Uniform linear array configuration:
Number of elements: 64
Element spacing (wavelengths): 0.25
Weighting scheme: kaiser
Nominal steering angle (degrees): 45
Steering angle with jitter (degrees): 43.418
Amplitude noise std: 0.05
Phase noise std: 0.05

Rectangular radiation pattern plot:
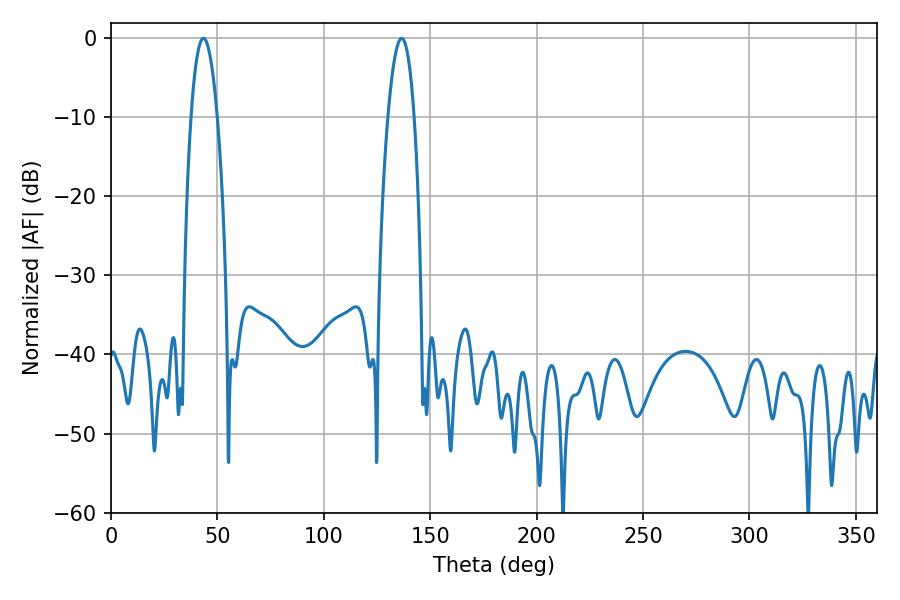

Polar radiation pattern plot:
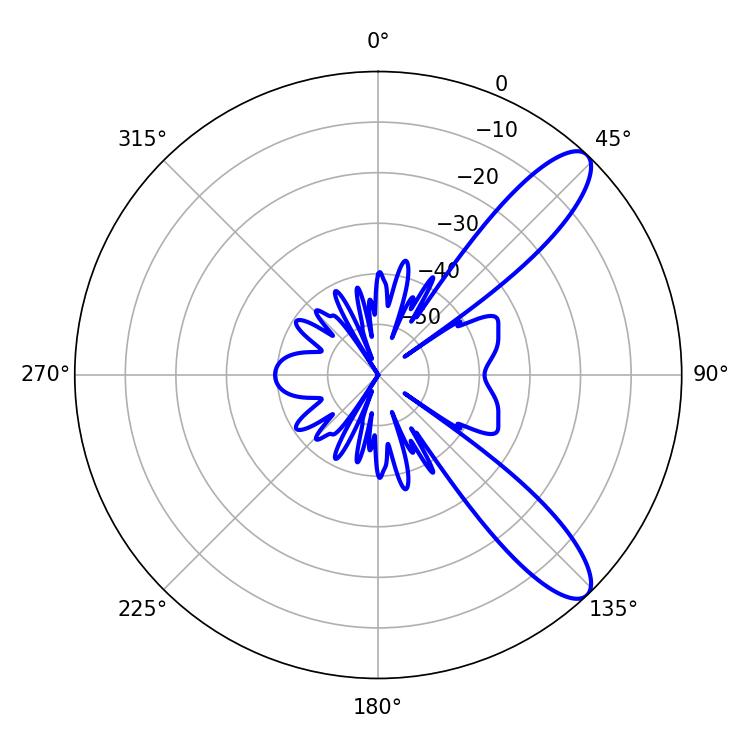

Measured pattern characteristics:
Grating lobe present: FALSE
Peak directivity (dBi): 10.546
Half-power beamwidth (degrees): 6.84
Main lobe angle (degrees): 43.38